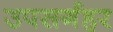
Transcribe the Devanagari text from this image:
उपसर्गहर